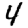
Digit: 4